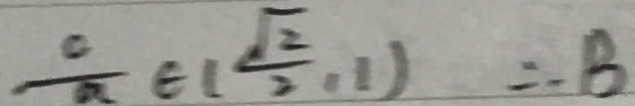
\frac { o } { a } \in ( \frac { \sqrt { 2 } } { 2 } , 1 ) \therefore B